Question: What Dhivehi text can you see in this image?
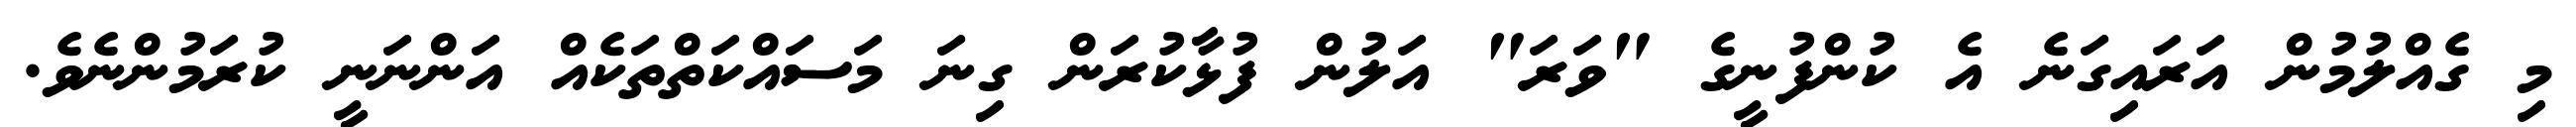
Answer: މި ގެއްލުމުން އަރައިގަނެ އެ ކުންފުނީގެ "ވަރަ" އަލުން ފުޅާކުރަން ގިނަ މަސައްކަތްތަކެއް އަންނަނީ ކުރަމުންނެވެ.